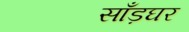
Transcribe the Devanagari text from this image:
साँड़घर